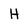
Character: H